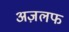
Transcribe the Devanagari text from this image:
अज़लफ